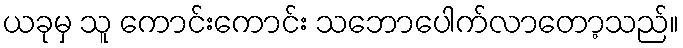
ယခုမှ သူ ကောင်းကောင်း သဘောပေါက်လာတော့သည်။